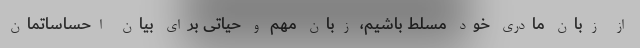
از زبان مادری خود مسلط باشیم، زبان مهم و حیاتی برای بیان احساساتمان